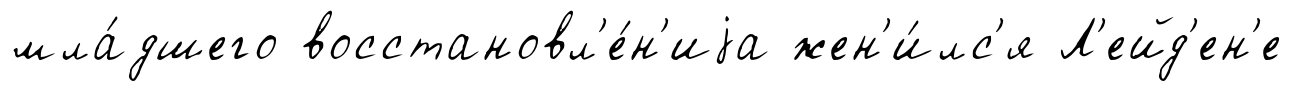
мла́дшего восстановл'е́н'иjа жен'и́лс'я Л'ейд'ен'е